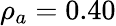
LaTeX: \rho_{a}=0.40